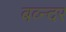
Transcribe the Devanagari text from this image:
बव्न्दर